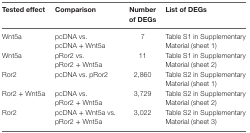
| Tested effect | Comparison | Number of DEGs | List of DEGs |
 | --- | --- | --- | --- |
 | Wnt5a | pcDNA vs. pcDNA + Wnt5a | 7 | Table S1 in Supplementary Material (sheet 1) |
 | Wnt5a | pRor2 vs. pRor2 + Wnt5a | 11 | Table S1 in Supplementary Material (sheet 2) |
 | Ror2 | pcDNA vs. pRor2 | 2,860 | Table S2 in Supplementary Material (sheet 1) |
 | Ror2 + Wnt5a | pcDNA vs. pRor2 + Wnt5a | 3,729 | Table S2 in Supplementary Material (sheet 2) |
 | Ror2 | pcDNA + Wnt5a vs. pRor2 + Wnt5a | 3,022 | Table S2 in Supplementary Material (sheet 3) |